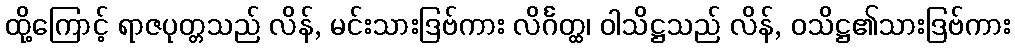
ထို့ကြောင့် ရာဇပုတ္တသည် လိန်, မင်းသားဒြဗ်ကား လိင်္ဂတ္ထ၊ ဝါသိဋ္ဌသည် လိန်, ဝသိဋ္ဌ၏သားဒြဗ်ကား